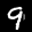
Label: 9